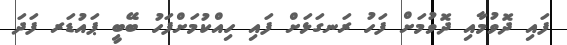
ފައި ދޮވުމާއި ދޮވުމަށް ފަހު ރަނގަޅަށް ފައި ހިއްކުމަށްފަހު ބޭބީ ޕައުޑަރ ފަދަ